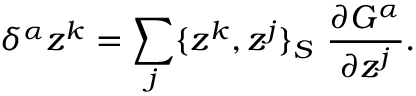
\delta ^ { \alpha } z ^ { k } = \sum _ { j } \{ z ^ { k } , z ^ { j } \} _ { S } \ \frac { \partial G ^ { \alpha } } { \partial z ^ { j } } .